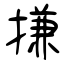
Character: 搛